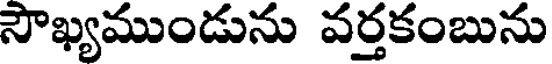
సౌఖ్యముండును వర్తకంబును